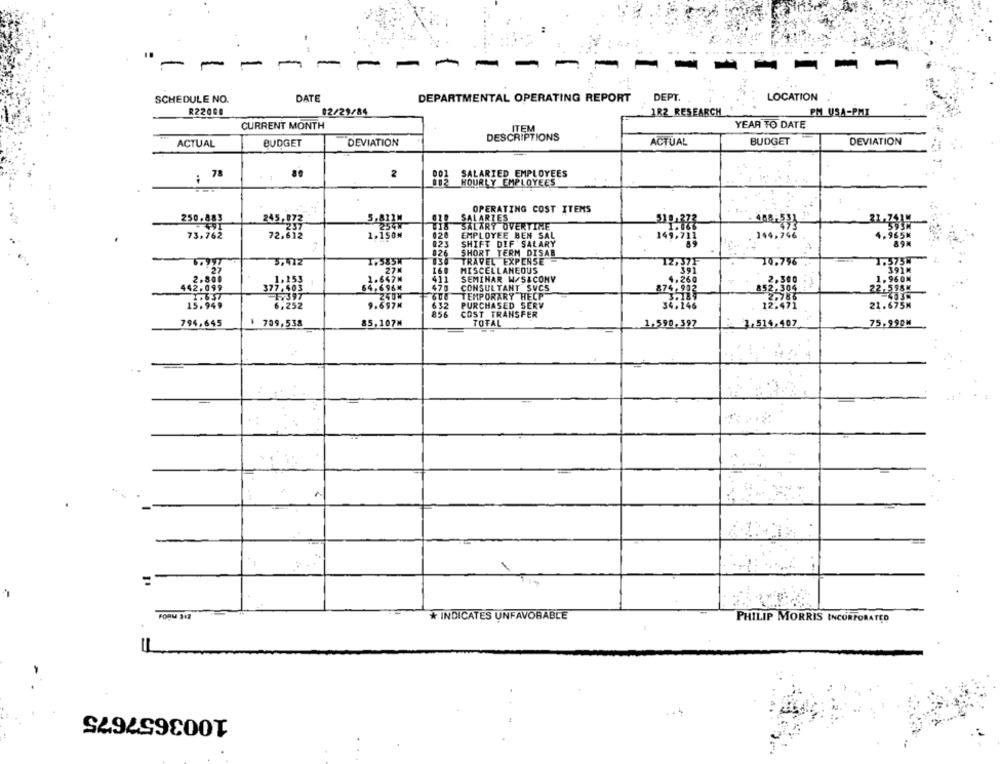
- -
---
SCHEDULE NO.
DATE
DEPARTMENTAL OPERATING REPORT
DEPT.
LOCATION
R22008
02/29/84
1R2 RESEARCH
PM USA-PMI
CURRENT MONTH
YEAR TO DATE
DESCRIPTIONS
ITEM
ACTUAL
BUDGET
DEVIATION
ACTUAL
BUDGET
DEVIATION
80
2
SALARIED EMPLOYEES
:
HOURLY EMPLOYEES
OPERATING COST ITEMS
10
SALARIES
250.883
3.8114
SALARY OVERTIME
73,762
72.612
1.150#
026
EMPLOYEE BEN SAL
144,34₺
4.965M
023
SHIFT DIF SALARY
826
SHORT TERM DISAB
TRAVEL EXPENSE-
1.575W
70.79
MISCELLANEOUS
391M
1.647M
411
SEMINAR W/S&CONY
1.960M
372,43
470
CONSULTANT SVCS
A52:300
22,598M
TEMPORARY HELP
632
PURCHASED SERV
21.675M
COST TRANSFER
TOTAL
75.990M
794,645
789,538
85.107M
1.590,397
3.516,407
* INDICATES UNFAVORABLE
PHILIP MORRIS INCORPORATED
1003657675